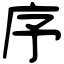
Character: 序